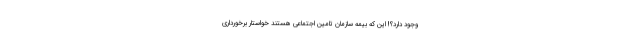
وجود دارد؟! این که بیمه سازمان تامین اجتماعی هستند خواستار برخورداری